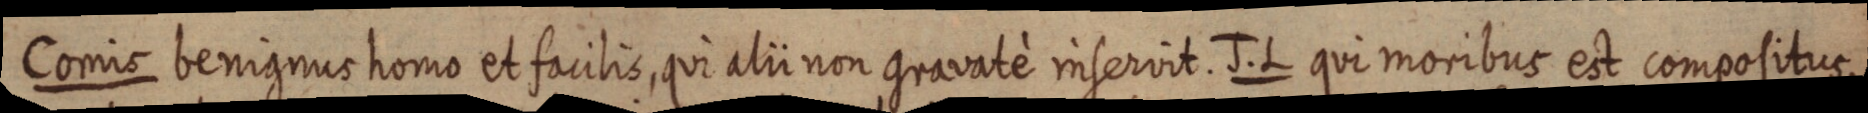
Comis benignus homo et facilis, qui alii non gravatè inservit. J. L qui moribus est compositus,